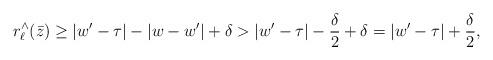
LaTeX: \begin{align*}r_{\ell}^{\wedge} (\bar{z}) \geq |w'-\tau| -|w-w'| + \delta > |w'-\tau| - \frac{\delta}{2} +\delta = |w'-\tau| + \frac{\delta}{2},\end{align*}